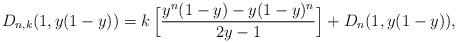
LaTeX: \begin{align*}D_{n,k}(1,y(1-y))&=k\,\Big[ \displaystyle\frac{y^n(1-y)-y(1-y)^n}{2y-1}\Big]+D_n(1,y(1-y)), \end{align*}